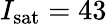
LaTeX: I_{\mathrm{sat}}=43